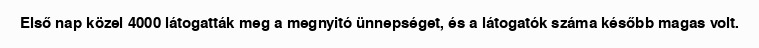
Első nap közel 4000 látogatták meg a megnyitó ünnepséget, és a látogatók száma később magas volt.